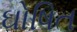
ઘોષિત